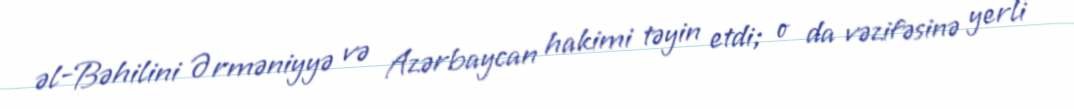
əl-Bəhilini Ərməniyyə və Azərbaycan hakimi təyin etdi; o da vəzifəsinə yerli